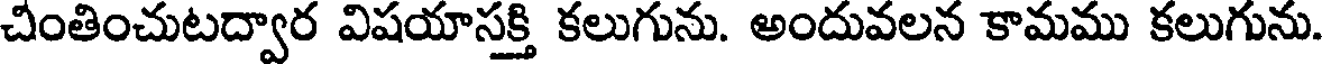
చింతించుటద్వార విషయాసక్తి కలుగును. అందువలన కామము కలుగును.